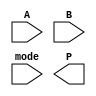
module dual_mode_wallace_tree_multiplier #(parameter N = 4) (
    input  [N-1:0] A,  // First multiplicand
    input  [N-1:0] B,  // Second multiplicand
    input         mode, // Mode: 0 for Standard, 1 for Booth
    output [2*N-1:0] P // Product output
);

    wire [2*N-1:0] pp [N-1:0]; // Partial Products
    wire [N-1:0] A_shifted [N-1:0]; // Shifts of A for Booth's Algorithm
    wire [2*N-1:0] sum_stage [N:0]; // Intermediate sums
    wire [2*N-1:0] carry_stage [N:0]; // Carry bits
    
    // Generate Partial Products
    generate
        genvar i;
        for (i = 0; i < N; i = i + 1) begin : pp_gen
            // Standard Mode Partial Products
            assign pp[i] = (mode == 0) ? (A << i) & {2*N{B[i]}} : 0;
        end
    endgenerate

    // Booth's Algorithm for signed multiplication
    generate
        for (i = 0; i < N; i = i + 1) begin : booth_gen
            assign A_shifted[i] = (B[i] == 1) ? (A << i) :
                                   (B[i-1] == 0 && B[i] == 1) ? (~A << i) : 0;
            assign pp[i] = (mode == 1) ? A_shifted[i] : pp[i];
        end
    endgenerate

    // Wallace Tree Reduction
    // Stage 0: Initial sum and carry
    assign sum_stage[0] = pp[0] + pp[1];
    
    generate
        // Perform the Wallace Tree reduction
        for (i = 0; i < N-1; i = i + 1) begin : reduction
            assign sum_stage[i+1] = sum_stage[i] + pp[i+2]; // Keep adding partial products
        end
    endgenerate

    // Final addition to produce the product
    assign P = sum_stage[N-1];

endmodule